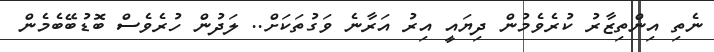
ނެތި އިންތިޒާރު ކުރެވެމުން ދިޔައީ އިރު އަރާނެ ވަގުތަކަށް.. ލަދުން ހުރެވެސް ބޮޑުބޭބެމެން